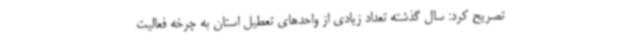
تصریح کرد: سال گذشته تعداد زیادی از واحدهای تعطیل استان به چرخه فعالیت